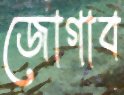
জোগাব